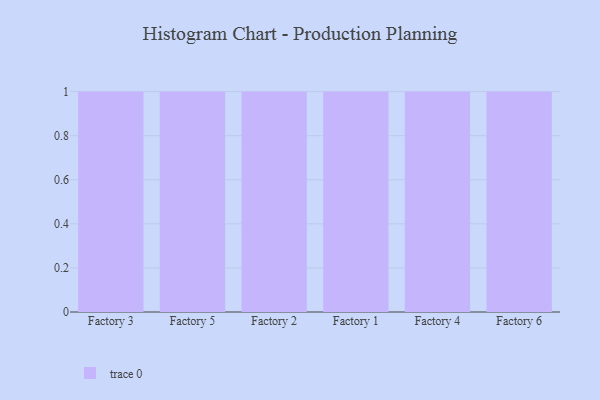
{"axis": {"x": "Factory", "y": "Revenue (USD Million)"}, "legend": [""], "data": [{"x": "Factory 3", "y": 55, "type": ""}, {"x": "Factory 5", "y": 9, "type": ""}, {"x": "Factory 2", "y": 33, "type": ""}, {"x": "Factory 1", "y": 73, "type": ""}, {"x": "Factory 4", "y": 45, "type": ""}, {"x": "Factory 6", "y": 10, "type": ""}]}